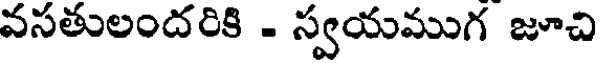
వసతులందరికి - స్వయముగ జూచి